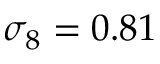
\sigma _ { 8 } = 0 . 8 1